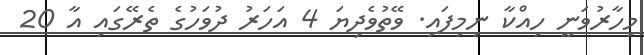
މިހާރުވަނީ ހިއްކާ ނިމިފައި. ވޭތުވެދިޔަ 4 އަހަރު ދުވަހުގެ ތެރޭގައި އާ 20